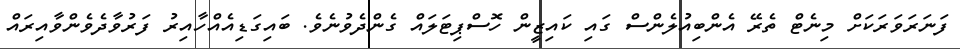
ފަނަރަވަރަކަށް މިނެޓް ތެރޭ އެންބިއުލެންސް ގައި ކައިޒީން ހޮސްޕިޓަލައް ގެންދެވުނެވެ. ބައިގަޑިއެއްހާއިރު ފަރުވާދެވެންވާއިރައް